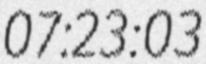
07:23:03